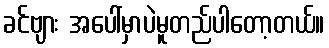
ခင်ဗျား အပေါ်မှာပဲမူတည်ပါတော့တယ်။